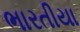
ભારતીયા